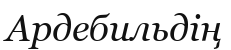
Ардебильдің